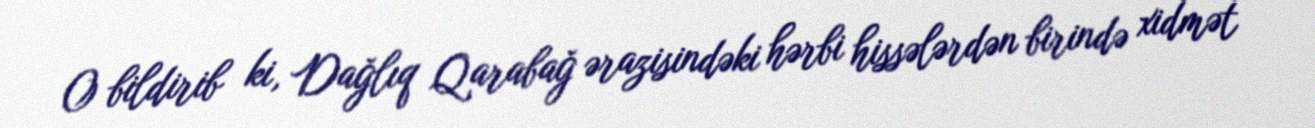
O bildirib ki, Dağlıq Qarabağ ərazisindəki hərbi hissələrdən birində xidmət